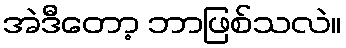
အဲဒီတော့ ဘာဖြစ်သလဲ။